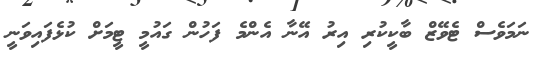
ނަމަވެސް ޓެވޭޒް ބާކީކުރި އިރު އޭނާ އެންމެ ފަހުން ގައުމީ ޓީމަށް ކުޅެފައިވަނީ